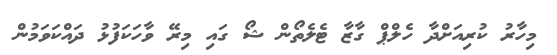
މިހާރު ކުރިއަށްދާ ހެލްޕް ގާޒާ ޓެލެތޯން ޝޯ ގައި މިރޭ ވާހަކަފުޅު ދައްކަވަމުން